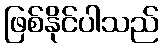
ဖြစ်နိုင်ပါသည်